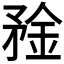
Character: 𰦑